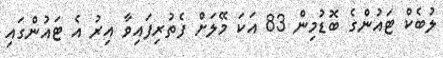
ލުބެކް ޓައުންގެ ބޮޑުމިން 83 އަކަ މޭލަށް ފެތުރިފައިވާ އިރު އެ ޓައުންގައި